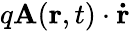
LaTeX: q\mathbf{A}(\mathbf{r},t)\cdot\mathbf{\dot{r}}